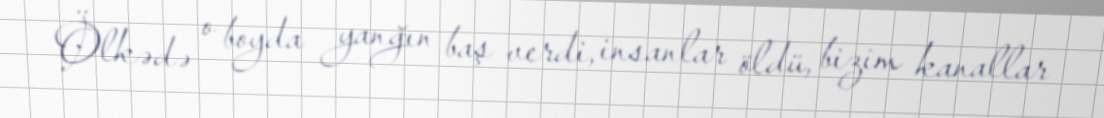
Ölkədə o boyda yanğın baş verdi, insanlar öldü, bizim kanallar